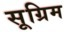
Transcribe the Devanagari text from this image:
सूग्रिम